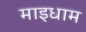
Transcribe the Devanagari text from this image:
माइधाम